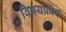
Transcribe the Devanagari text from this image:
विषयप्रवेश